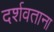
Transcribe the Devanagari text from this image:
दर्शवताना